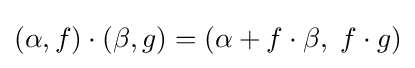
(\alpha ,f)\cdot (\beta ,g)=(\alpha +f\cdot \beta ,\;f\cdot g)